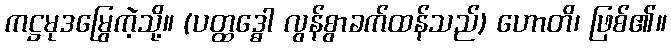
ကဋ္ဌမုဒမြွေကဲ့သို့။ (ပတ္ထဒ္ဓေါ လွန်စွာခက်ထန်သည်) ဟောတိ၊ ဖြစ်၏။